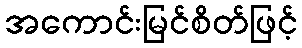
အကောင်းမြင်စိတ်ဖြင့်